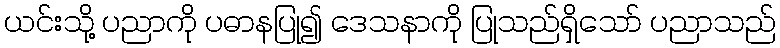
ယင်းသို့ ပညာကို ပဓာနပြု၍ ဒေသနာကို ပြုသည်ရှိသော် ပညာသည်